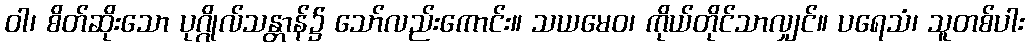
ဝါ၊ စိတ်ဆိုးသော ပုဂ္ဂိုလ်သန္တာန်၌ သော်လည်းကောင်း။ သယမေဝ၊ ကိုယ်တိုင်သာလျှင်။ ပရေသံ၊ သူတစ်ပါး